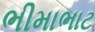
ભીમાભાટ